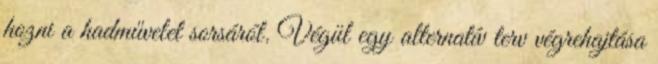
hozni a hadművelet sorsáról. Végül egy alternatív terv végrehajtása